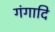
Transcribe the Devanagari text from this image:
गंगादि